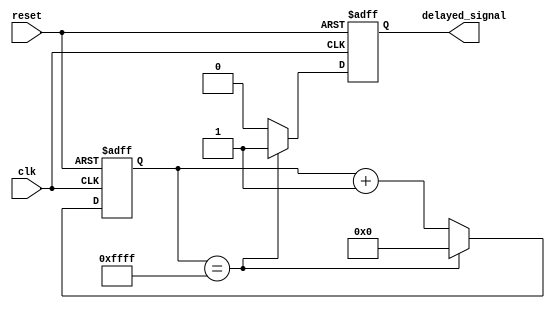
module RC_delay_circuit (
    input wire clk,
    input wire reset,
    output reg delayed_signal
);

reg [15:0] counter;

always @(posedge clk or posedge reset) begin
    if (reset) begin
        counter <= 16'h0000;
        delayed_signal <= 1'b0;
    end else begin
        if (counter == 16'hFFFF) begin
            delayed_signal <= 1'b1;
            counter <= 16'h0000;
        end else begin
            counter <= counter + 1;
            delayed_signal <= 1'b0;
        end
    end
end

endmodule